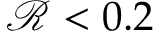
\mathcal { R } < 0 . 2